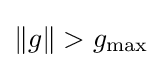
\left\|g\right\|>g_{\text{max}}